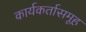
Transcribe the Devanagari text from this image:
कार्यकर्तासमूह